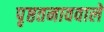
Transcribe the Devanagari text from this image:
पृष्ठतनाववाले